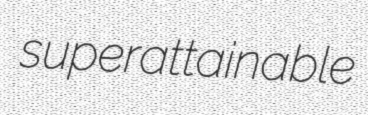
superattainable